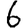
Digit: 6